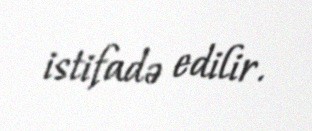
istifadə edilir.